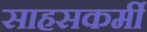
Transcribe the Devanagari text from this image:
साहसकर्मी